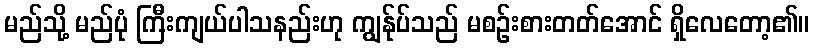
မည်သို့ မည်ပုံ ကြီးကျယ်ပါသနည်းဟု ကျွန်ုပ်သည် မစဉ်းစားတတ်အောင် ရှိလေတော့၏။